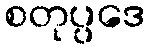
စတုပ္ပဒေ